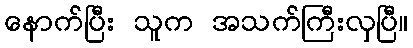
နောက်ပြီး သူက အသက်ကြီးလှပြီ။